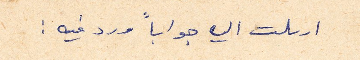
ارسلت اليه جواباً ورد فيه: